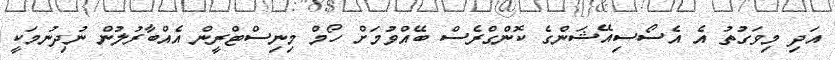
އަދި މިވަގުތު އެ އެސޯސިއޭޝަންގެ ކޮންގްރެސް ބޭއްވުމަށް ހޯމް މިނިސްޓްރީން އެއްބާރުލުން ނުދިނުމަކީ